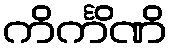
ကိင်္ကိဏိ